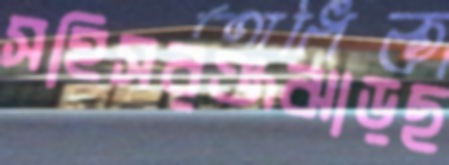
সহিসরঞ্জঝাড়ছ